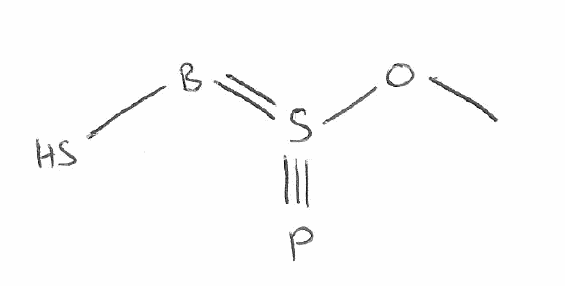
Simplified molecular-input line-entry system (SMILES) notation of the given molecule:
B(=S(#P)OC)S